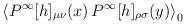
LaTeX: \begin{align*}\left< P^\infty[h]_{\mu \nu}(x) \, P^\infty[h]_{\rho \sigma}(y) \right>_0\end{align*}